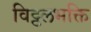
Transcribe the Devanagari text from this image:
विट्ठलभक्ति